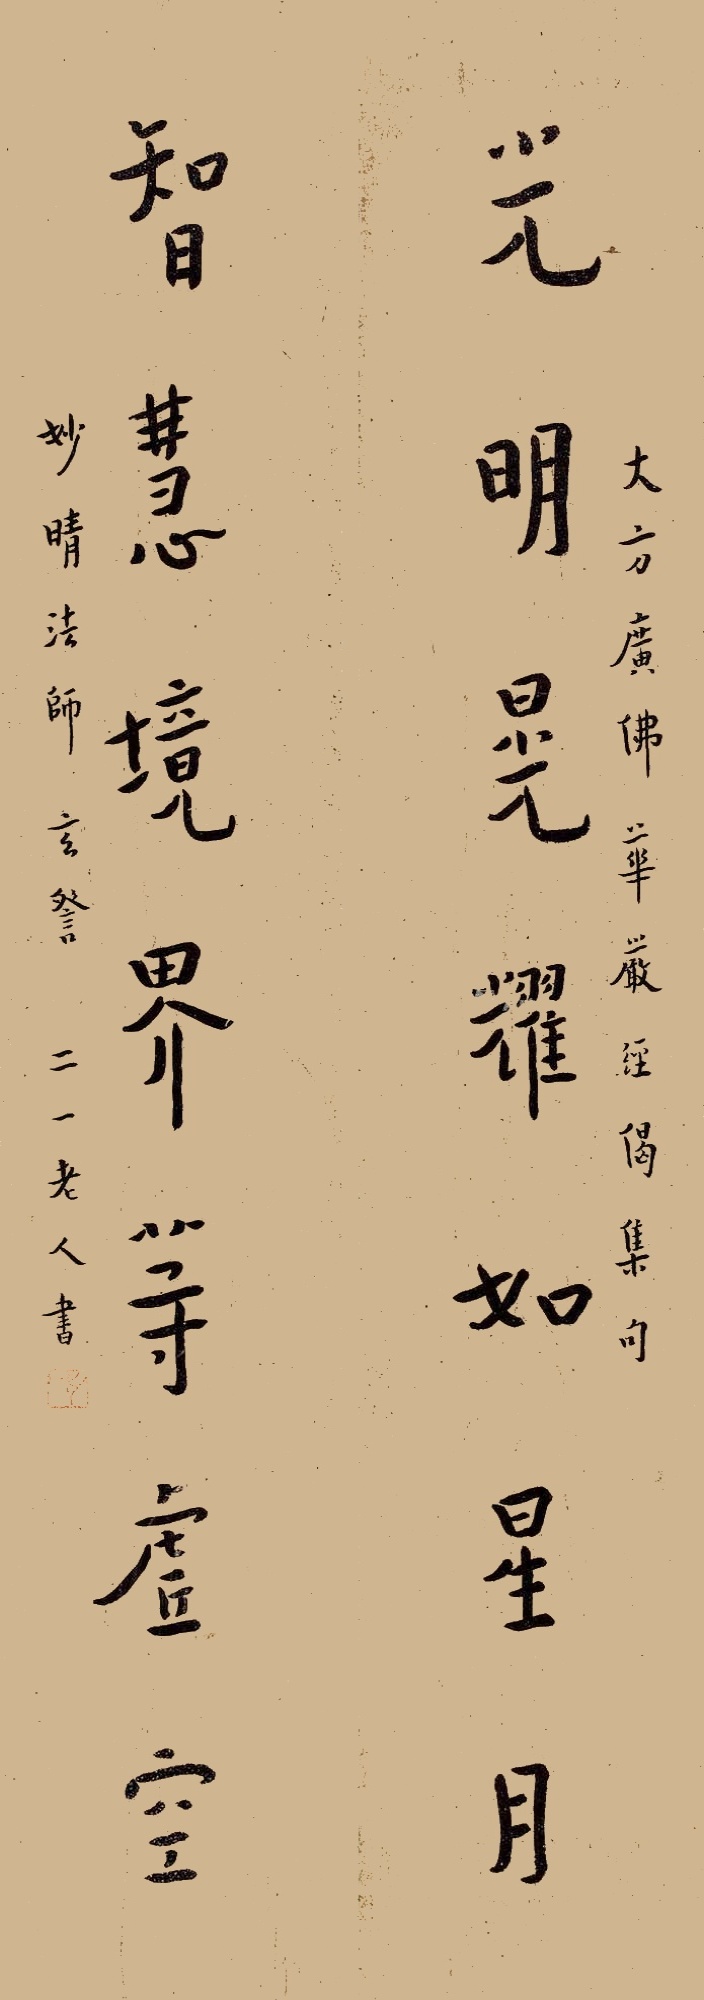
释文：光明晃耀如星月，智慧境界等虚空。《大方广佛华严经》偈集句，妙晴法师玄詧，二一老人书。